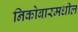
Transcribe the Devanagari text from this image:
निकोबारमधील